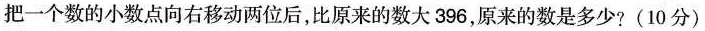
把一个数的小数点向右移动两位后，比原来的数大396，原来的数是多少?(10分)